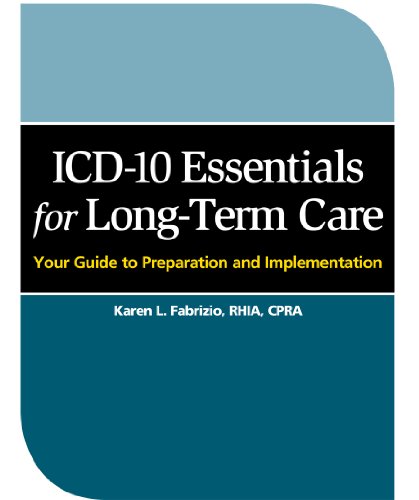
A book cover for ICD-10 Essentials for Long-Term Care: Your Guide to Preparation and Implementation; HCPro; Medical Books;